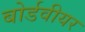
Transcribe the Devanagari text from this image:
बोर्डवीयर